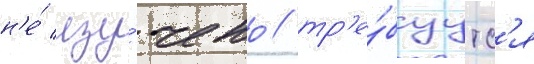
н'е́ изу́чено / тр'е́буутс'я